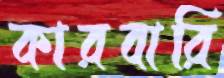
কারবারি